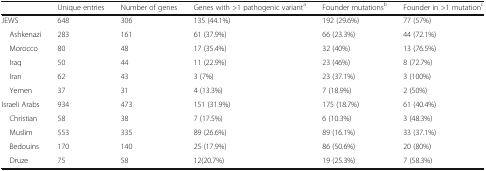
<table><thead><tr><td></td><td><b>Unique entries</b></td><td><b>Number of genes</b></td><td><b>Genes with &gt;1 pathogenic variant<sup>a</sup></b></td><td><b>Founder mutations<sup>b</sup></b></td><td><b>Founder in &gt;1 mutation<sup>c</sup></b></td></tr></thead><tbody><tr><td>JEWS</td><td>648</td><td>306</td><td>135 (44.1%)</td><td>192 (29.6%)</td><td>77 (57%)</td></tr><tr><td> Ashkenazi</td><td>283</td><td>161</td><td>61 (37.9%)</td><td>66 (23.3%)</td><td>44 (72.1%)</td></tr><tr><td> Morocco</td><td>80</td><td>48</td><td>17 (35.4%)</td><td>32 (40%)</td><td>13 (76.5%)</td></tr><tr><td> Iraq</td><td>50</td><td>44</td><td>11 (22.9%)</td><td>23 (46%)</td><td>8 (72.7%)</td></tr><tr><td> Iran</td><td>62</td><td>43</td><td>3 (7%)</td><td>23 (37.1%)</td><td>3 (100%)</td></tr><tr><td> Yemen</td><td>37</td><td>31</td><td>4 (13.3%)</td><td>7 (18.9%)</td><td>2 (50%)</td></tr><tr><td>Israeli Arabs</td><td>934</td><td>473</td><td>151 (31.9%)</td><td>175 (18.7%)</td><td>61 (40.4%)</td></tr><tr><td> Christian</td><td>58</td><td>38</td><td>7 (17.5%)</td><td>6 (10.3%)</td><td>3 (48.3%)</td></tr><tr><td> Muslim</td><td>553</td><td>335</td><td>89 (26.6%)</td><td>89 (16.1%)</td><td>33 (37.1%)</td></tr><tr><td> Bedouins</td><td>170</td><td>140</td><td>25 (17.9%)</td><td>86 (50.6%)</td><td>20 (80%)</td></tr><tr><td> Druze</td><td>75</td><td>58</td><td>12(20.7%)</td><td>19 (25.3%)</td><td>7 (58.3%)</td></tr></tbody></table>